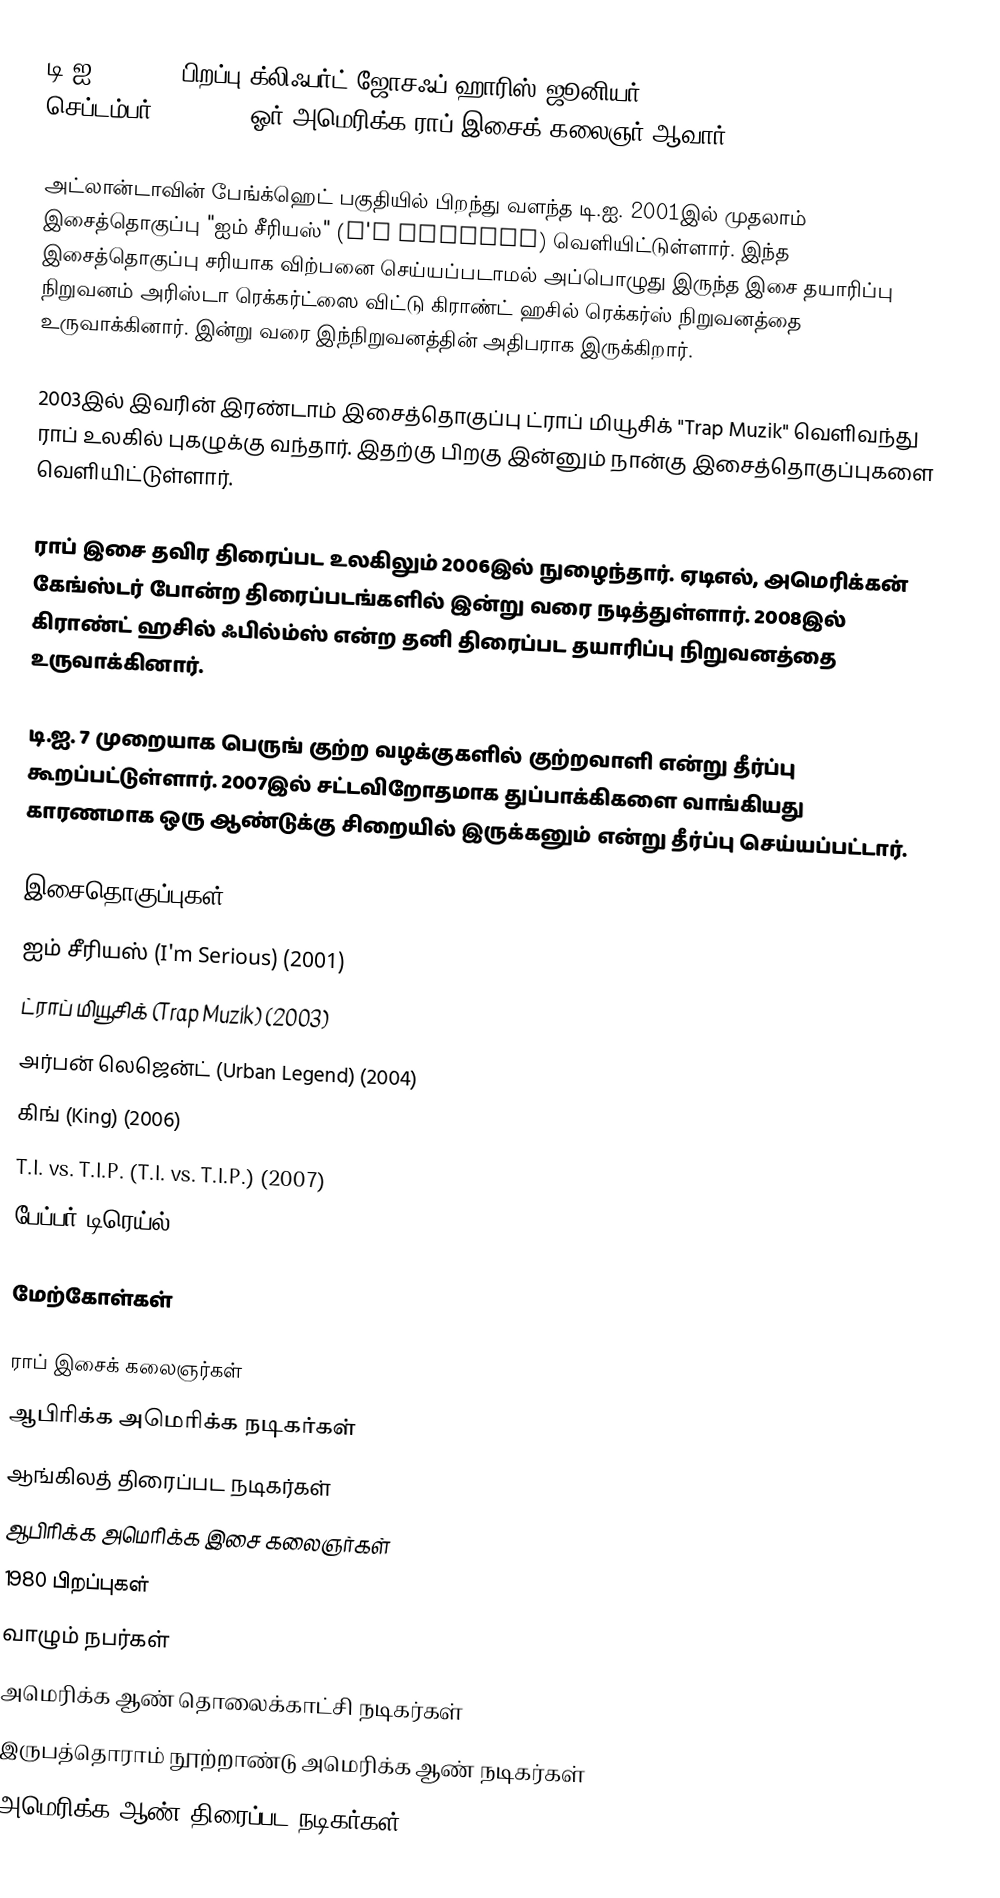
டி.ஐ. (T.I.), பிறப்பு க்லிஃபர்ட் ஜோசஃப் ஹாரிஸ் ஜூனியர் (Clifford Joseph Harris, Jr., செப்டம்பர் 25, 1980) ஓர் அமெரிக்க ராப் இசைக் கலைஞர் ஆவார்.

அட்லான்டாவின் பேங்க்ஹெட் பகுதியில் பிறந்து வளந்த டி.ஐ. 2001இல் முதலாம் இசைத்தொகுப்பு "ஐம் சீரியஸ்" (I'm Serious) வெளியிட்டுள்ளார். இந்த இசைத்தொகுப்பு சரியாக விற்பனை செய்யப்படாமல் அப்பொழுது இருந்த இசை தயாரிப்பு நிறுவனம் அரிஸ்டா ரெக்கர்ட்ஸை விட்டு கிராண்ட் ஹசில் ரெக்கர்ஸ் நிறுவனத்தை உருவாக்கினார். இன்று வரை இந்நிறுவனத்தின் அதிபராக இருக்கிறார்.

2003இல் இவரின் இரண்டாம் இசைத்தொகுப்பு ட்ராப் மியூசிக் "Trap Muzik" வெளிவந்து ராப் உலகில் புகழுக்கு வந்தார். இதற்கு பிறகு இன்னும் நான்கு இசைத்தொகுப்புகளை வெளியிட்டுள்ளார்.

ராப் இசை தவிர திரைப்பட உலகிலும் 2006இல் நுழைந்தார். ஏடிஎல், அமெரிக்கன் கேங்ஸ்டர் போன்ற திரைப்படங்களில் இன்று வரை நடித்துள்ளார். 2008இல் கிராண்ட் ஹசில் ஃபில்ம்ஸ் என்ற தனி திரைப்பட தயாரிப்பு நிறுவனத்தை உருவாக்கினார்.

டி.ஐ. 7 முறையாக பெருங் குற்ற வழக்குகளில் குற்றவாளி என்று தீர்ப்பு கூறப்பட்டுள்ளார். 2007இல் சட்டவிறோதமாக துப்பாக்கிகளை வாங்கியது காரணமாக ஒரு ஆண்டுக்கு சிறையில் இருக்கனும் என்று தீர்ப்பு செய்யப்பட்டார்.

இசைதொகுப்புகள்
 ஐம் சீரியஸ் (I'm Serious) (2001)
 ட்ராப் மியூசிக் (Trap Muzik) (2003)
 அர்பன் லெஜென்ட் (Urban Legend) (2004)
 கிங் (King) (2006)
 T.I. vs. T.I.P. (T.I. vs. T.I.P.) (2007)
 பேப்பர் டிரெய்ல் (Paper Trail) (2008)

மேற்கோள்கள்

ராப் இசைக் கலைஞர்கள்
ஆபிரிக்க அமெரிக்க நடிகர்கள்
ஆங்கிலத் திரைப்பட நடிகர்கள்
ஆபிரிக்க அமெரிக்க இசை கலைஞர்கள்
1980 பிறப்புகள்
வாழும் நபர்கள்
அமெரிக்க ஆண் தொலைக்காட்சி நடிகர்கள்
இருபத்தொராம் நூற்றாண்டு அமெரிக்க ஆண் நடிகர்கள்
அமெரிக்க ஆண் திரைப்பட நடிகர்கள்